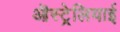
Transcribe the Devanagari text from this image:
ऒस्ट्रेलियाई